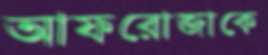
আফরোজাকে